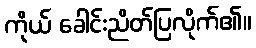
ကိုယ် ခေါင်းညိတ်ပြလိုက်၏။